Leaving Certificate, 1900
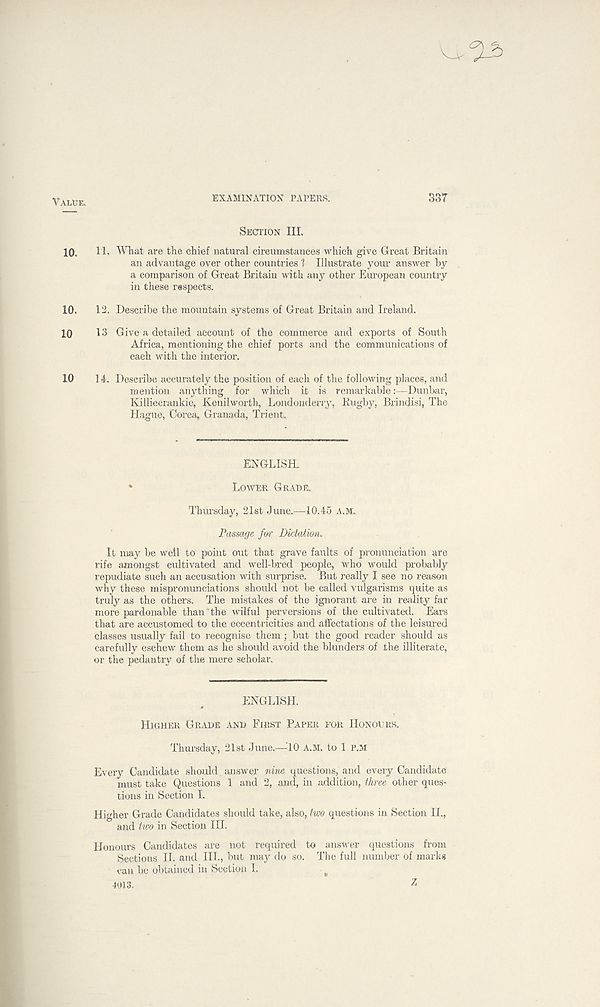
VALUE.
10.
10.
10
10
EXAMINATION PAPERS.
33T
SECTION III.
11. What are the chief natural circumstances which give Great Britain
an advantage over other countries 1 Illustrate your answer by
a comparison of Great Britain with any other European country
in these respects.
12. Describe the mountain systems of Great Britain and Ireland.
13 Give a detailed account of the commerce and exports of South
Africa, mentioning the chief ports and the communications of
each with the interior.
14. Describe accurately the position of each of the following places, and
mention anything for which it is remarkable:—Dunbar,
Killiecrankie, Kenilworth, Londonderry, Rugby, Brindisi, The
Hague, Corea, Granada, Trient.
ENGLISH.
*
LOWER GRADE.
Thursday, 21st June.—10.45 A.M.
Passage for Didaiion.
It may be well to point out that grave faults of pronunciation are
rife amongst cultivated and well-bred people, who would probably
repudiate such an accusation with surprise. But really I see no reason
why these mispronunciations should not be called vulgarisms quite as
truly as the others. The mistakes of the ignorant are in reality far
more pardonable than' the wilful perversions of the cultivated. Ears
that are accustomed to the eccentricities and affectations of the leisured
classes usually fail to recognise them; but the good reader should as
carefully eschew them as he should avoid the blunders of the illiterate,
or the pedantry of the mere scholar.
ENGLISH.
HIGHER GRADE AND FIRST PAPER FOR HONOURS.
Thursday, 21st June.—10 A.M. to 1 P,M
Every Candidate should. answer nine questions, and every Candidate
must take Questions 1 and 2, and, in addition, three other ques-
tions in Section I.
Higher Grade Candidates should take, also, two questions in Section II.,
and two in Section HI.
Honours Candidates are not required to answer questions from
Sections II. and III., but may do so. The full number of marks
can be obtained in Section I.
4013.
z